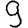
Digit: 9